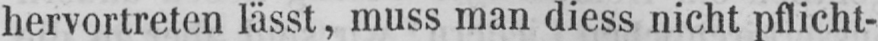
hervortreten lässt, muss man diess nicht pflicht-